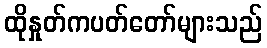
ထိုနှုတ်ကပတ်တော်များသည်